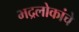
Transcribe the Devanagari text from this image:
भद्रलोकांचे